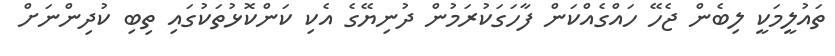
ތައުލީމަކީ ލިބެން ޖެހޭ ހައްގެއްކަން ފާހަގަކުރަމުން ދުނިޔޭގެ އެކި ކަންކޮޅުތަކުގައި ތިބި ކުދިންނަށް